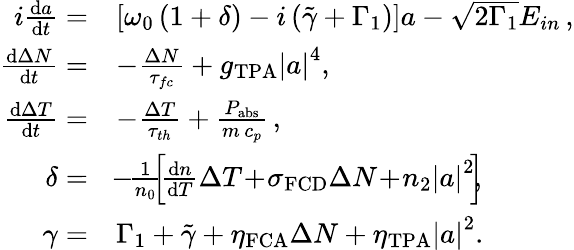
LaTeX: \begin{array}{rl}{i\frac{\mathrm{d}a}{\mathrm{d}t}=}&{\left[\omega_{0}\left(1+\delta\right)-i\left(\tilde{\gamma}+\Gamma_{1}\right)\right]a-\sqrt{2\Gamma_{1}}E_{in}\, ,}\\ {\frac{\mathrm{d}\Delta N}{\mathrm{d}t}=}&{-\frac{\Delta N}{\tau_{fc}}+g_{\mathrm{TPA}}\left|a\right|^{4},}\\ {\frac{\mathrm{d}\Delta T}{\mathrm{d}t}=}&{-\frac{\Delta T}{\tau_{th}}+\frac{P_{\mathrm{abs}}}{m\, c_{p}}\, ,}\\ {\delta=}&{\! -\! \frac{1}{n_{0}}\! \! \left[\! \frac{\mathrm{d}n}{\mathrm{d}T}\Delta T\! +\! \sigma_{\mathrm{FCD}}\Delta N\! +\! n_{2}\left|a\right|^{2}\! \right]\! \! ,}\\ {\gamma=}&{\Gamma_{1}+\tilde{\gamma}+\eta_{\mathrm{FCA}}\Delta N+\eta_{\mathrm{TPA}}\left|a\right|^{2}.}\end{array}